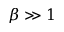
\beta \gg 1